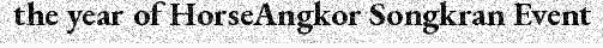
the year of HorseAngkor Songkran Event